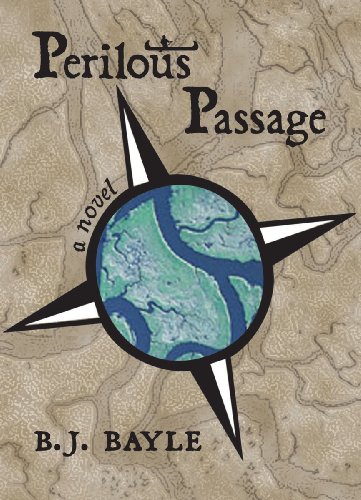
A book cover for Perilous Passage; B.J. Bayle; Teen & Young Adult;